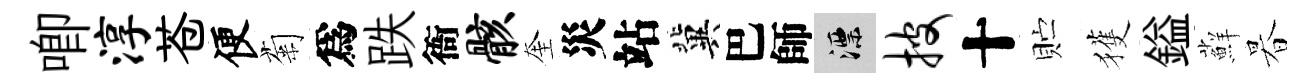
唧淳苍便菊爲跌衙骸奎災站冀巴師漂披十贮獲鎰蘚暮